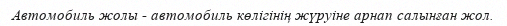
Автомобиль жолы - автомобиль көлігінің жүруіне арнап салынған жол.